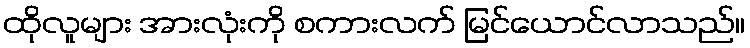
ထိုလူများ အားလုံးကို စကားလက် မြင်ယောင်လာသည်။